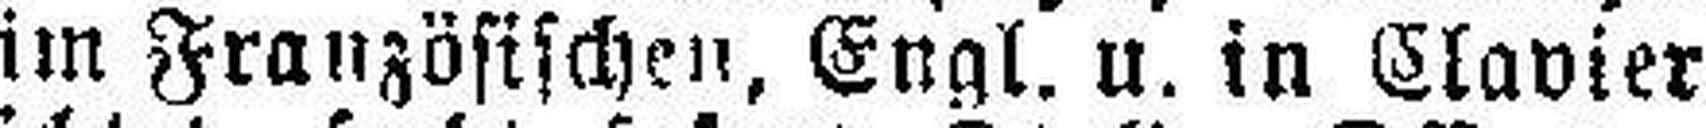
im Französischen, Engl. u. in Clavier